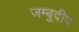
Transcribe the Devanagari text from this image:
जम्बुदीप